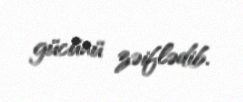
gücünü zəiflədib.